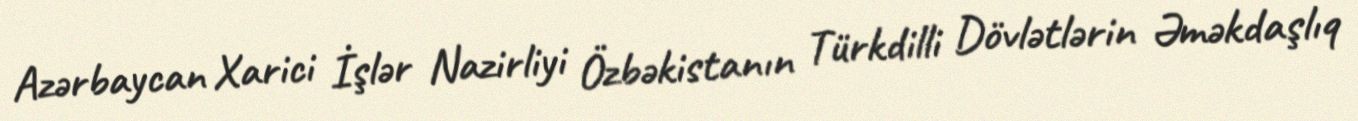
Azərbaycan Xarici İşlər Nazirliyi Özbəkistanın Türkdilli Dövlətlərin Əməkdaşlıq